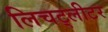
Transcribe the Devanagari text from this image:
लिचट्लीटर